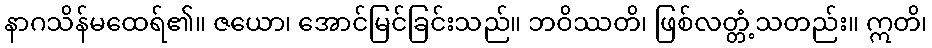
နာဂသိန်မထေရ်၏။ ဇယော၊ အောင်မြင်ခြင်းသည်။ ဘဝိဿတိ၊ ဖြစ်လတ္တံ့သတည်း။ ဣတိ၊